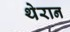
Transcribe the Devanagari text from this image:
थेरान